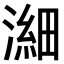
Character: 𪷉